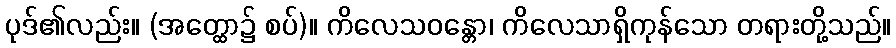
ပုဒ်၏လည်း။ (အတ္ထော၌ စပ်)။ ကိလေသဝန္တော၊ ကိလေသာရှိကုန်သော တရားတို့သည်။